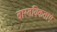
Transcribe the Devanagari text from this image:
वास्तविकताएं